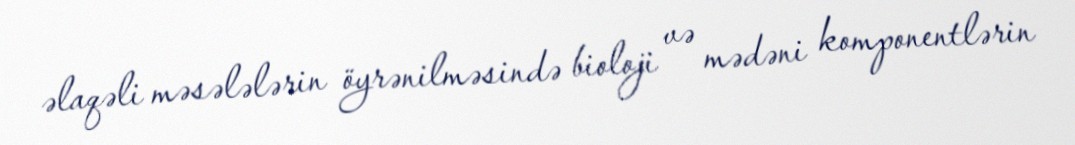
əlaqəli məsələlərin öyrənilməsində bioloji və mədəni komponentlərin